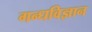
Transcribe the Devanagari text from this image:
गन्धविज्ञान